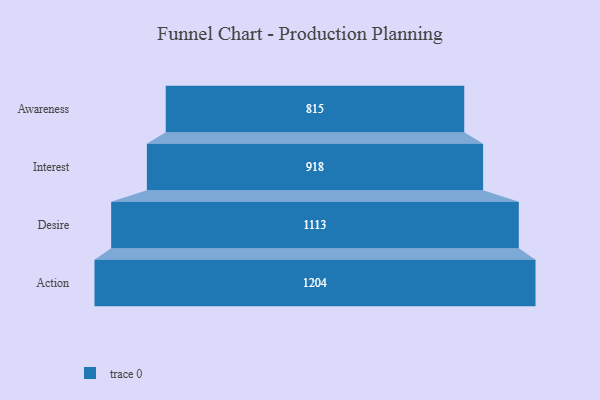
{"axis": {"x": "Stage", "y": "Value"}, "legend": [""], "data": [{"x": "Awareness", "y": 815.0, "type": ""}, {"x": "Interest", "y": 918.0, "type": ""}, {"x": "Desire", "y": 1113.0, "type": ""}, {"x": "Action", "y": 1204.0, "type": ""}]}